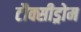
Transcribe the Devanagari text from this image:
टौक्सीड्रोम